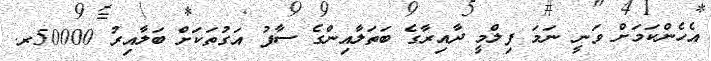
އެހެންކަމަށް ވަނީ ނަމަ ފިލްމީ ދާއިރާގެ ބަތަލާއިންގެ ސާފު އަގުތަކަށް ބަލާއިރު 50000ރ.